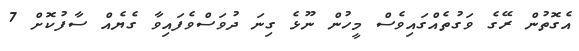
އެގޮތުން ރޭގެ ވަގުތެއްގައިވެސް މީހުން ނޫޅެ ގިނަ ދުވަސްވެފައިވާ ގެޔެއް ސާފުކޮށް 7